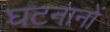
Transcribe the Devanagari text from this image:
घटनानों